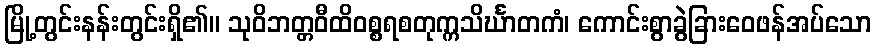
မြို့တွင်းနန်းတွင်းရှိ၏။ သုဝိဘတ္တဝီထိဝစ္စရစတုက္ကသိင်္ဃာတကံ၊ ကောင်းစွာခွဲခြားဝေဖန်အပ်သော